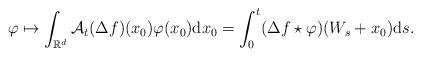
LaTeX: \begin{align*}\varphi \mapsto \int_{\mathbb R^d} \mathcal A_t(\Delta f)(x_0) \varphi(x_0) \mathrm dx_0 = \int_0^t (\Delta f \star \varphi)(W_s + x_0) \mathrm ds .\end{align*}